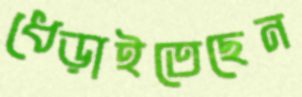
ধেড়াইতেছেন